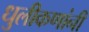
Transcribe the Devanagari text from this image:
धुलीकणांनी